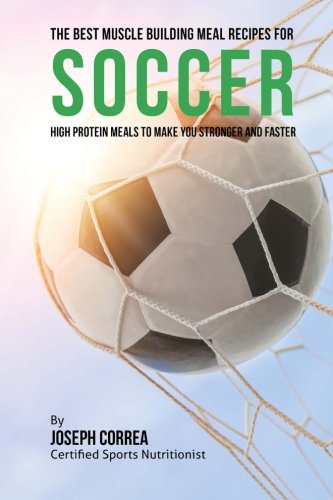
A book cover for The Best Muscle Building Meal Recipes for Soccer: High Protein Meals to Make You Stronger and Faster; Joseph Correa (Certified Sports Nutritionist); Sports & Outdoors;